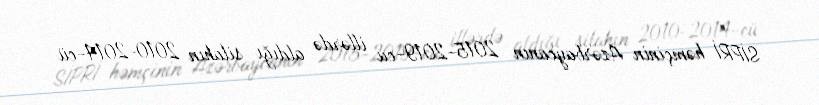
SİPRİ həmçinin Azərbaycanın 2015-2019-cu illərdə aldığı silahın 2010-2014-cü